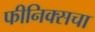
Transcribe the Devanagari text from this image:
फीनिक्सचा